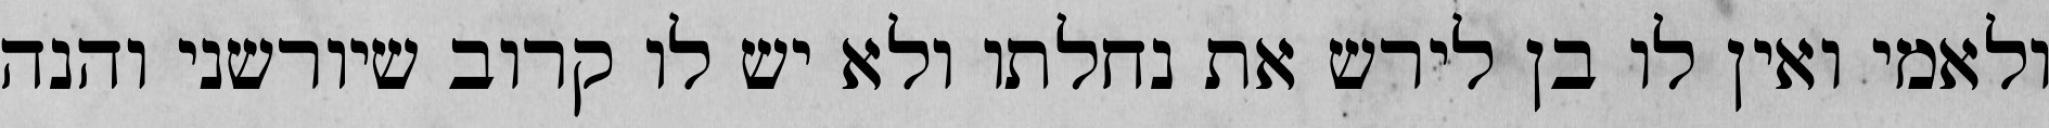
ולאמי ואין לו בן לירש את נחלתו ולא יש לו קרוב שיורשני והנה